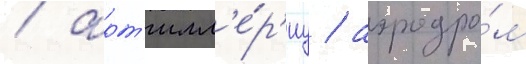
/ арт'илл'е́р'иу / аэродро́м